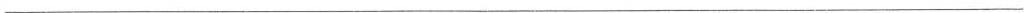
___